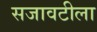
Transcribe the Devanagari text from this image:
सजावटीला